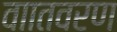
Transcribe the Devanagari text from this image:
वाातवरण